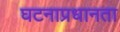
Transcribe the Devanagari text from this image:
घटनाप्रधानता